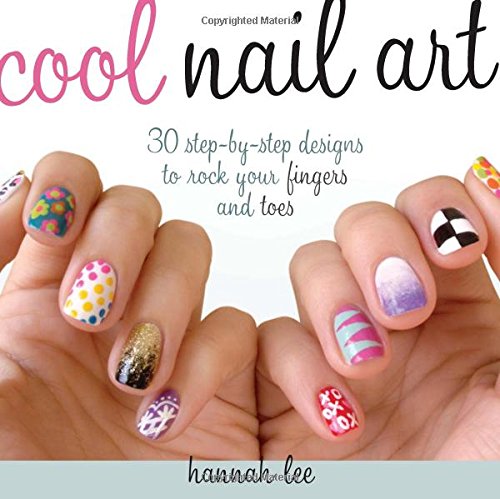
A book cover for Cool Nail Art: 30 Step-by-Step Designs to Rock Your Fingers and Toes; Hannah Lee; Arts & Photography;